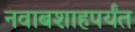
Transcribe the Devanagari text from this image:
नवाबशाहपर्यंत